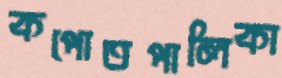
কপোতপালিকা